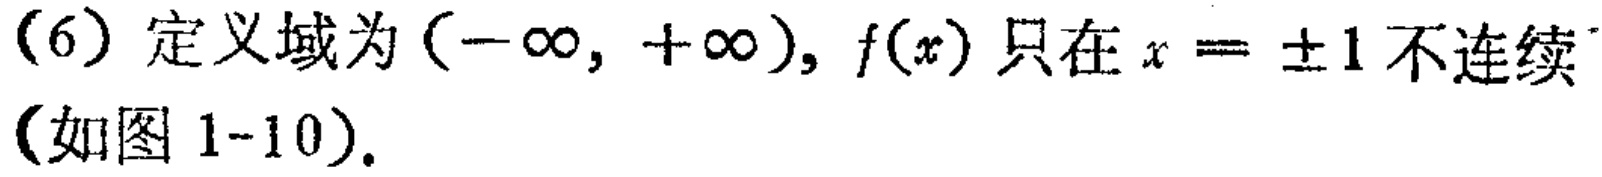
(6) 定义域为\((-\infty, +\infty)\)，\(f(x)\)只在\(x = \pm1\)不连续（如图 1-10）.